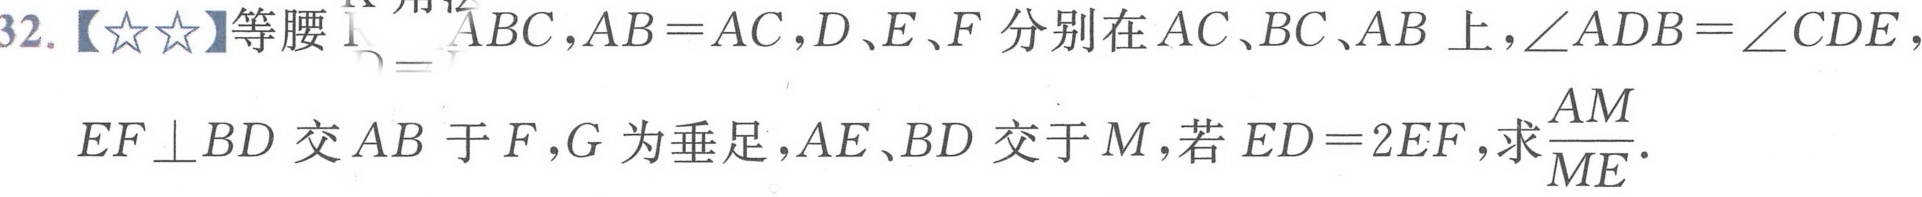
32.【☆☆】等腰\(\triangle ABC\)，\(AB = AC\)，\(D、E、F\)分别在\(AC、BC、AB\)上，\(\angle ADB=\angle CDE\)，
\(EF\perp BD\)交\(AB\)于\(F\)，\(G\)为垂足，\(AE、BD\)交于\(M\)，若\(ED = 2EF\)，求\(\frac{AM}{ME}\).